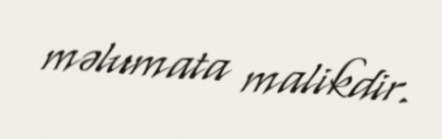
məlumata malikdir.